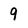
Character: 9